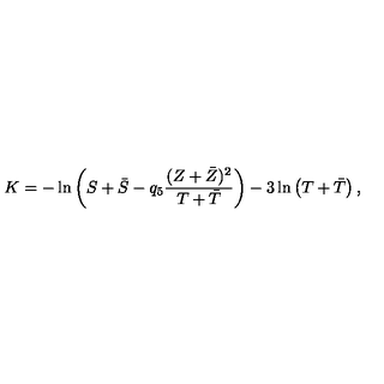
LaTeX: K = - \ln \left( S + \bar { S } - q _ { 5 } \frac { ( Z + \bar { Z } ) ^ { 2 } } { T + \bar { T } } \right) - 3 \ln \left( T + \bar { T } \right) ,